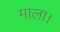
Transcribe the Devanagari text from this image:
माला।